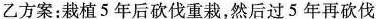
乙方案：栽植 5 年后砍伐重栽，然后过 5年再砍伐